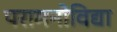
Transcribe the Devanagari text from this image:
परामनोविद्या